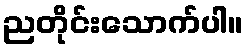
ညတိုင်းသောက်ပါ။